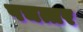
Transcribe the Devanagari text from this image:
पचत्तर